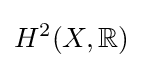
H^{2}(X,\mathbb {R} )